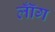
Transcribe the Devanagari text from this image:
लॉँग